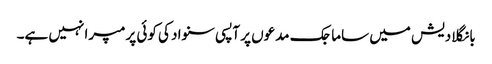
بانگلادیش میں ساماجک مدعوں پر آپسی سنواد کی کوئی پرمپرا نہیں ہے۔